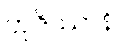
ဘုဇိဿာနိ